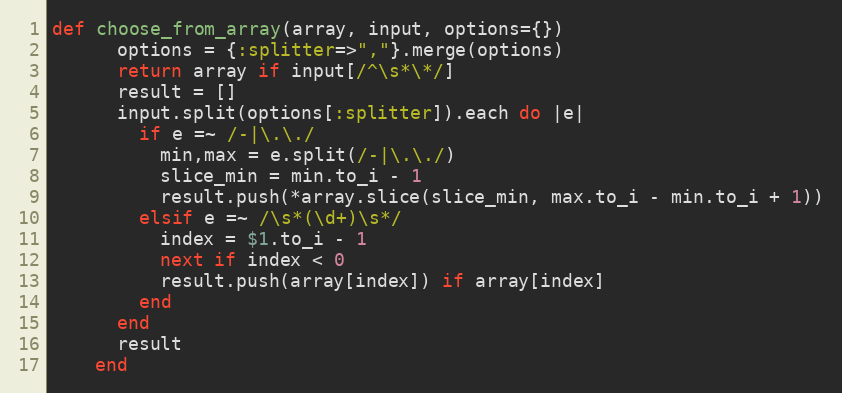
Language: Ruby
def choose_from_array(array, input, options={})
      options = {:splitter=>","}.merge(options)
      return array if input[/^\s*\*/]
      result = []
      input.split(options[:splitter]).each do |e|
        if e =~ /-|\.\./
          min,max = e.split(/-|\.\./)
          slice_min = min.to_i - 1
          result.push(*array.slice(slice_min, max.to_i - min.to_i + 1))
        elsif e =~ /\s*(\d+)\s*/
          index = $1.to_i - 1
          next if index < 0
          result.push(array[index]) if array[index]
        end
      end
      result
    end